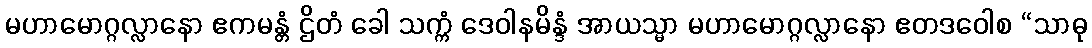
မဟာမောဂ္ဂလ္လာနော ဧကမန္တံ ဌိတံ ခေါ သက္ကံ ဒေဝါနမိန္ဒံ အာယသ္မာ မဟာမောဂ္ဂလ္လာနော ဧတဒဝေါစ “သာဓု